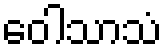
ဝေါသာသံ